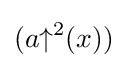
(a{\uparrow }^{2}(x))